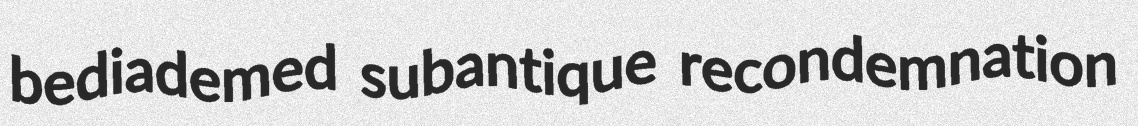
bediademed subantique recondemnation